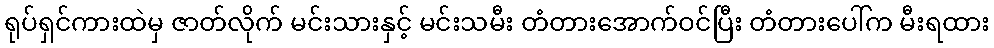
ရုပ်ရှင်ကားထဲမှ ဇာတ်လိုက် မင်းသားနှင့် မင်းသမီး တံတားအောက်ဝင်ပြီး တံတားပေါ်က မီးရထား